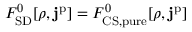
F _ { \mathrm { S D } } ^ { 0 } [ \rho , \mathbf { j } ^ { \mathrm { p } } ] = F _ { \mathrm { C S , p u r e } } ^ { 0 } [ \rho , \mathbf { j } ^ { \mathrm { p } } ]